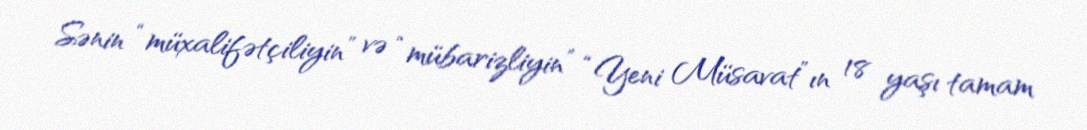
Sənin “müxalifətçiliyin” və “mübarizliyin” “Yeni Müsavat”ın 18 yaşı tamam